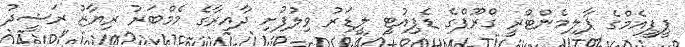
ޕީޕީއެމްގެ ޕާލިމެންޓްރީ ގްރޫޕްގެ ޑެޕިއުޓީ ލީޑަރު ވިލުފުށި ދާއިރާގެ މެމްބަރު ރިޔާޒު ރަޝީދު